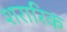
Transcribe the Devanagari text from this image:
शरारिक